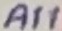
Text: A11